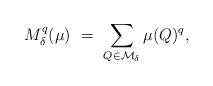
LaTeX: \begin{align*}M^q_\delta(\mu) \ = \ \sum_{Q \in \mathcal{M}_\delta} \mu(Q)^q,\end{align*}